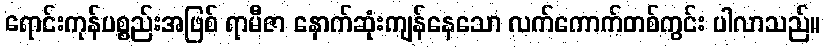
ရောင်းကုန်ပစ္စည်းအဖြစ် ရာမီဇာ နောက်ဆုံးကျန်နေသော လက်ကောက်တစ်ကွင်း ပါလာသည်။